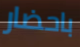
باحضار